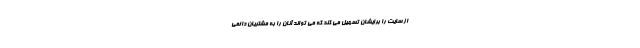
از سایت را برایشان تسهیل می کند که می تواند آنان را به مشتریان دائمی